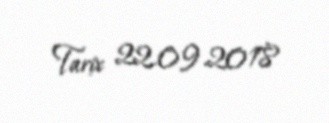
Tarix 22.09.2018